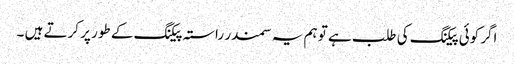
اگر کوئی پیکنگ کی طلب ہے تو ہم یہ سمندر راستہ پیکنگ کے طور پر کرتے ہیں ۔